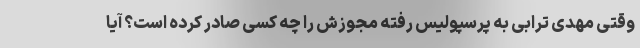
وقتی مهدی ترابی به پرسپولیس رفته مجوزش را چه کسی صادر کرده است؟ آیا